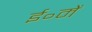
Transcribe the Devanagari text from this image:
ई॰में